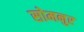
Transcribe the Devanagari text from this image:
सोमनुर